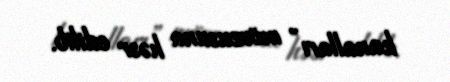
kanalları” mövzusuna həsr edilib.